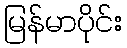
မြန်မာပိုင်း